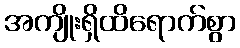
အကျိုးရှိထိရောက်စွာ